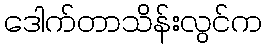
ဒေါက်တာသိန်းလွင်က